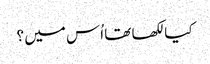
کیا لکھا تھا اُس میں ؟